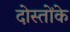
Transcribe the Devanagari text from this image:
दोस्तोंके